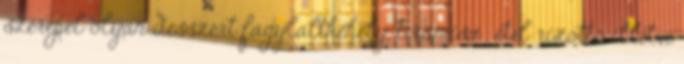
szerepel olyan desszert fagylaltkehely, tiramisu , étel rizottó illetve